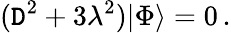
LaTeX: ({\cal\mathtt{D}}^{2}+3\lambda^{2})|\Phi\rangle=0\, .